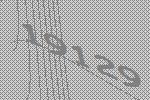
19129